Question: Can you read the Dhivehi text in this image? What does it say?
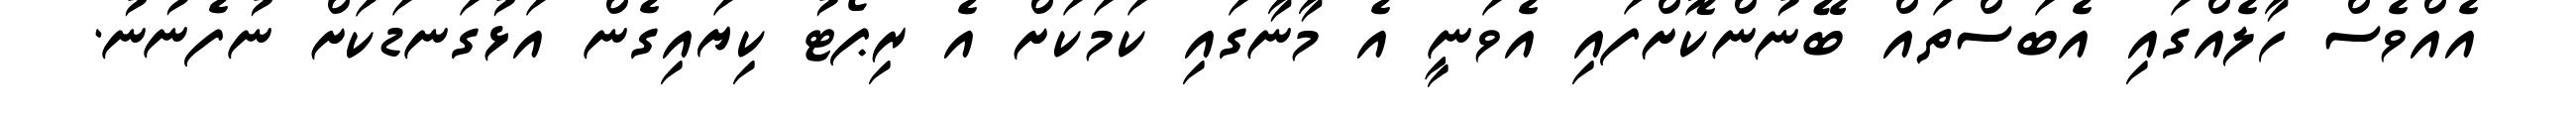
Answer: އެއްވެސް ހާލެއްގައި އެބަސްތައް ބޭނުންކޮށްފައި އެވަނީ އެ މާނާގައި ކަމަކަށް އެ ރިޕޯޓު ކިޔައިގެން އަޅުގަނޑަކަށް ނުފެނުނު.